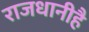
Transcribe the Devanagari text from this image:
राजधानीहै